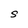
Character: S